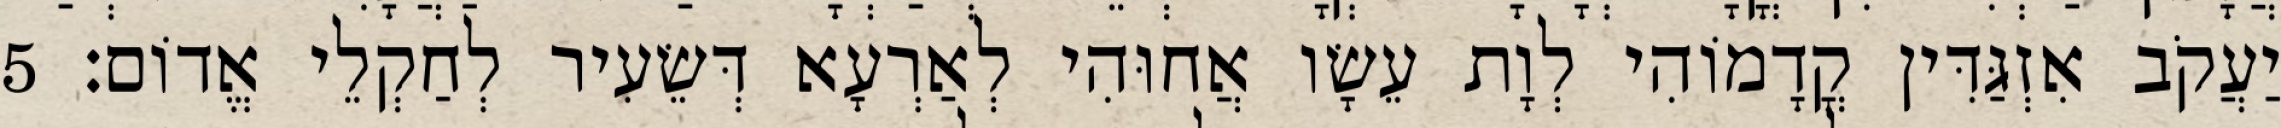
יַעֲקֹב אִזְגַּדִּין קֳדָמוֹהִי לְוָת עֵשָׂו אֲחוּהִי לְאַרְעָא דְּשֵׂעִיר לְחַקְלֵי אֱדוֹם׃ 5